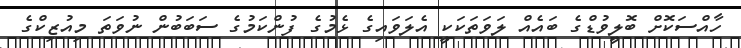
ހާއްސަކޮށް ބޮލީވުޑްގެ ބައެއް ލަވަތަކަކީ އެލަވައިގެ ޅެމުގެ ފުންކަމުގެ ސަބަބުން ނުވަތަ މިއުޒިކްގެ